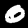
Digit: 0